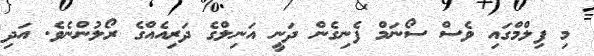
މި ފިލްމްގައި ވެސް ސޯނަމް ފެނިގެން ދަނީ އަނިލްގެ ދަރިއެއްގެ ރޯލުންނެވެ. އަދި